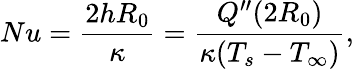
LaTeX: Nu=\frac{2hR_{0}}{\kappa}=\frac{Q^{\prime\prime}(2R_{0})}{\kappa(T_{s}-T_{\infty})},